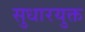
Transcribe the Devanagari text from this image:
सुधारयुक्त